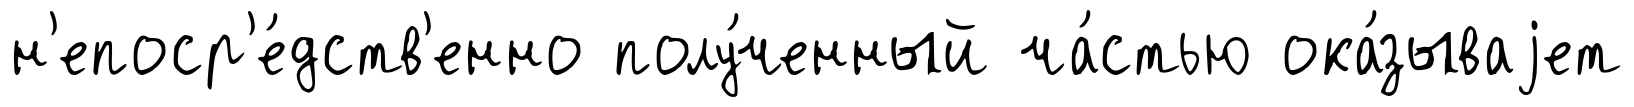
н'епоср'е́дств'енно полу́ченный ча́стью ока́зываjет